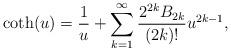
LaTeX: \begin{align*}\coth(u)=\frac{1}{u}+\sum_{k=1}^{\infty}\frac{2^{2k}B_{2k}}{(2k)!}u^{2k-1}, \end{align*}